Lunatic asylums United Provinces 1909-1921 - 1909-1921
Year: 1909
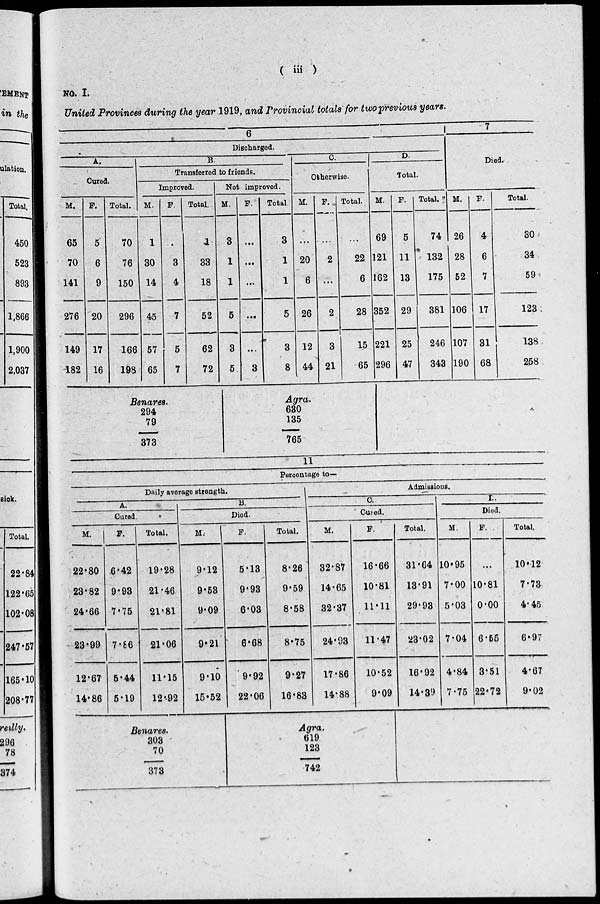
( iii )
NO. I.
United Provinces during the year 1919, and Provincial totals for two previous years.
6
Discharged.
A.
Cured.
M.
65
70
141
276
149
482
F.
5
6
9
20
17
16
Total.
70
76
150
296
166
198
B.
Transferred to friends.
Improved.
M.
1
30
14
45
57
65
F.
...
3
4
7
5
7
Total.
1
33
18
52
62
72
Benares.
294
79
373
Not improved.
M.
3
1
1
5
3
5
F.
...
...
...
...
...
3
Total.
3
1
1
5
3
8
C.
Otherwise.
M.
...
20
6
26
12
44
F.
...
2
...
2
3
21
Total.
...
22
6
28
15
65
Agra.
630
135
765
D.
Total.
M.
69
121
162
352
221
296
F.
5
11
13
29
25
47
Total.
74
132
175
381
246
343
7
Died.
M.
26
28
52
106
107
190
F.
4
6
7
17
31
68
Total.
30
34
59
123
138
258
11
Percentage to—
Daily average strength.
A.
Cured.
M.
22.80
23.82
24.66
23.99
12.67
14.86
F.
6.42
9.93
7.75
7.86
5.44
5.19
Total.
19.28
21.46
21.81
21.06
11.15
12.92
B.
Died
M.
9.12
9.53
9.09
9.21
9.10
15.52
F.
5.13
9.93
6.03
6.68
9.92
22.06
Total.
8.26
9.59
8.58
8.75
9.27
16.83
Admissions.
C.
Cured.
M.
32.87
14.65
32.37
24.93
17.86
14.88
F.
16.66
10.81
11.11
11.47
10.52
9.09
Total.
31.64
13.91
29.93
23.02
16.92
14.39
D.
Died.
M.
10.95
7.00
5.03
7.04
4.84
7.75
F.
...
10.81
0.00
6.55
3.51
22.72
Total.
10.12
7.73
4.45
6.97
4.67
9.02
Benares.
303
70
373
Agra.
619
123
742